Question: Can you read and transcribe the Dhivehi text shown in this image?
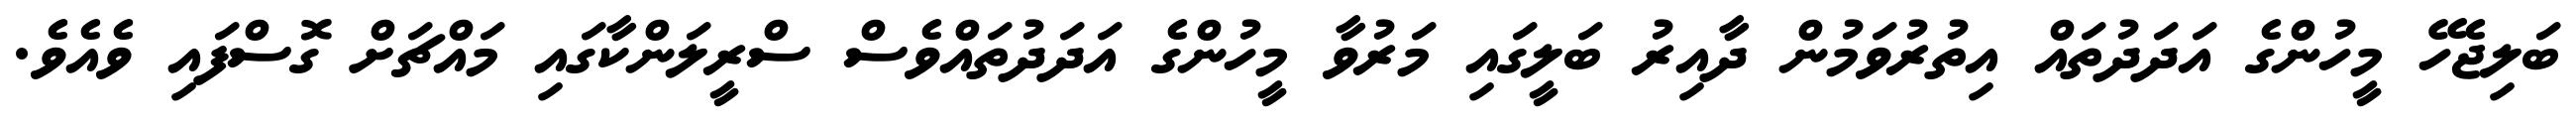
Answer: ބަލިޖެހޭ މީހުންގެ އަދަދުތައް އިތުރުވަމުން ދާއިރު ބަލީގައި މަރުވާ މީހުންގެ އަދަދުތައްވެސް ސްރީލަންކާގައި މައްޗަށް ގޮސްފައި ވެއެވެ.